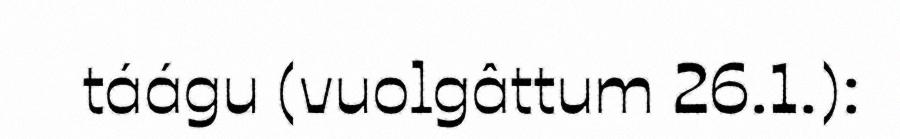
táágu (vuolgâttum 26.1.):